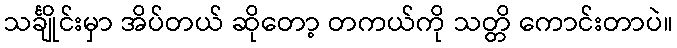
သင်္ချိုင်းမှာ အိပ်တယ် ဆိုတော့ တကယ်ကို သတ္တိ ကောင်းတာပဲ။